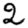
Digit: 2